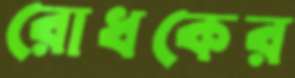
রোধকের